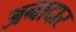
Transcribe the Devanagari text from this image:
अनादार